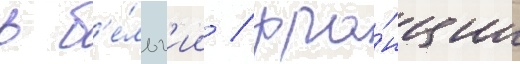
в б'е́льг'ии / фра́нции